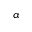
\alpha